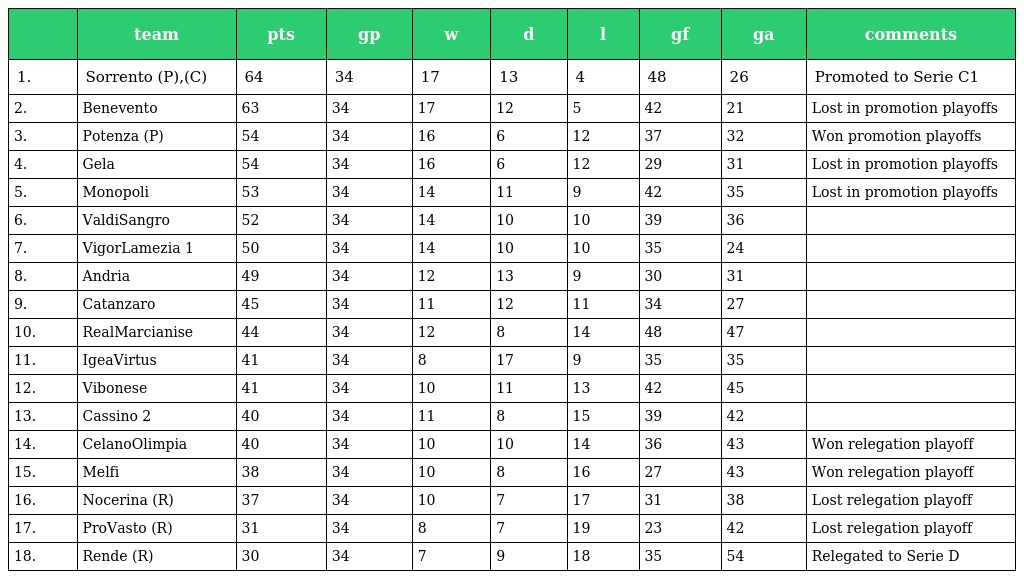
|  | team | pts | gp | w | d | l | gf | ga | comments |
 | --- | --- | --- | --- | --- | --- | --- | --- | --- | --- |
 | 1. | Sorrento (P),(C) | 64 | 34 | 17 | 13 | 4 | 48 | 26 | Promoted to Serie C1 |
 | 2. | Benevento | 63 | 34 | 17 | 12 | 5 | 42 | 21 | Lost in promotion playoffs |
 | 3. | Potenza (P) | 54 | 34 | 16 | 6 | 12 | 37 | 32 | Won promotion playoffs |
 | 4. | Gela | 54 | 34 | 16 | 6 | 12 | 29 | 31 | Lost in promotion playoffs |
 | 5. | Monopoli | 53 | 34 | 14 | 11 | 9 | 42 | 35 | Lost in promotion playoffs |
 | 6. | ValdiSangro | 52 | 34 | 14 | 10 | 10 | 39 | 36 |  |
 | 7. | VigorLamezia 1 | 50 | 34 | 14 | 10 | 10 | 35 | 24 |  |
 | 8. | Andria | 49 | 34 | 12 | 13 | 9 | 30 | 31 |  |
 | 9. | Catanzaro | 45 | 34 | 11 | 12 | 11 | 34 | 27 |  |
 | 10. | RealMarcianise | 44 | 34 | 12 | 8 | 14 | 48 | 47 |  |
 | 11. | IgeaVirtus | 41 | 34 | 8 | 17 | 9 | 35 | 35 |  |
 | 12. | Vibonese | 41 | 34 | 10 | 11 | 13 | 42 | 45 |  |
 | 13. | Cassino 2 | 40 | 34 | 11 | 8 | 15 | 39 | 42 |  |
 | 14. | CelanoOlimpia | 40 | 34 | 10 | 10 | 14 | 36 | 43 | Won relegation playoff |
 | 15. | Melfi | 38 | 34 | 10 | 8 | 16 | 27 | 43 | Won relegation playoff |
 | 16. | Nocerina (R) | 37 | 34 | 10 | 7 | 17 | 31 | 38 | Lost relegation playoff |
 | 17. | ProVasto (R) | 31 | 34 | 8 | 7 | 19 | 23 | 42 | Lost relegation playoff |
 | 18. | Rende (R) | 30 | 34 | 7 | 9 | 18 | 35 | 54 | Relegated to Serie D |